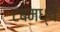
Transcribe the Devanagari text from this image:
टबमध्ये